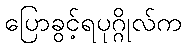
ပြောခွင့်ရပုဂ္ဂိုလ်က